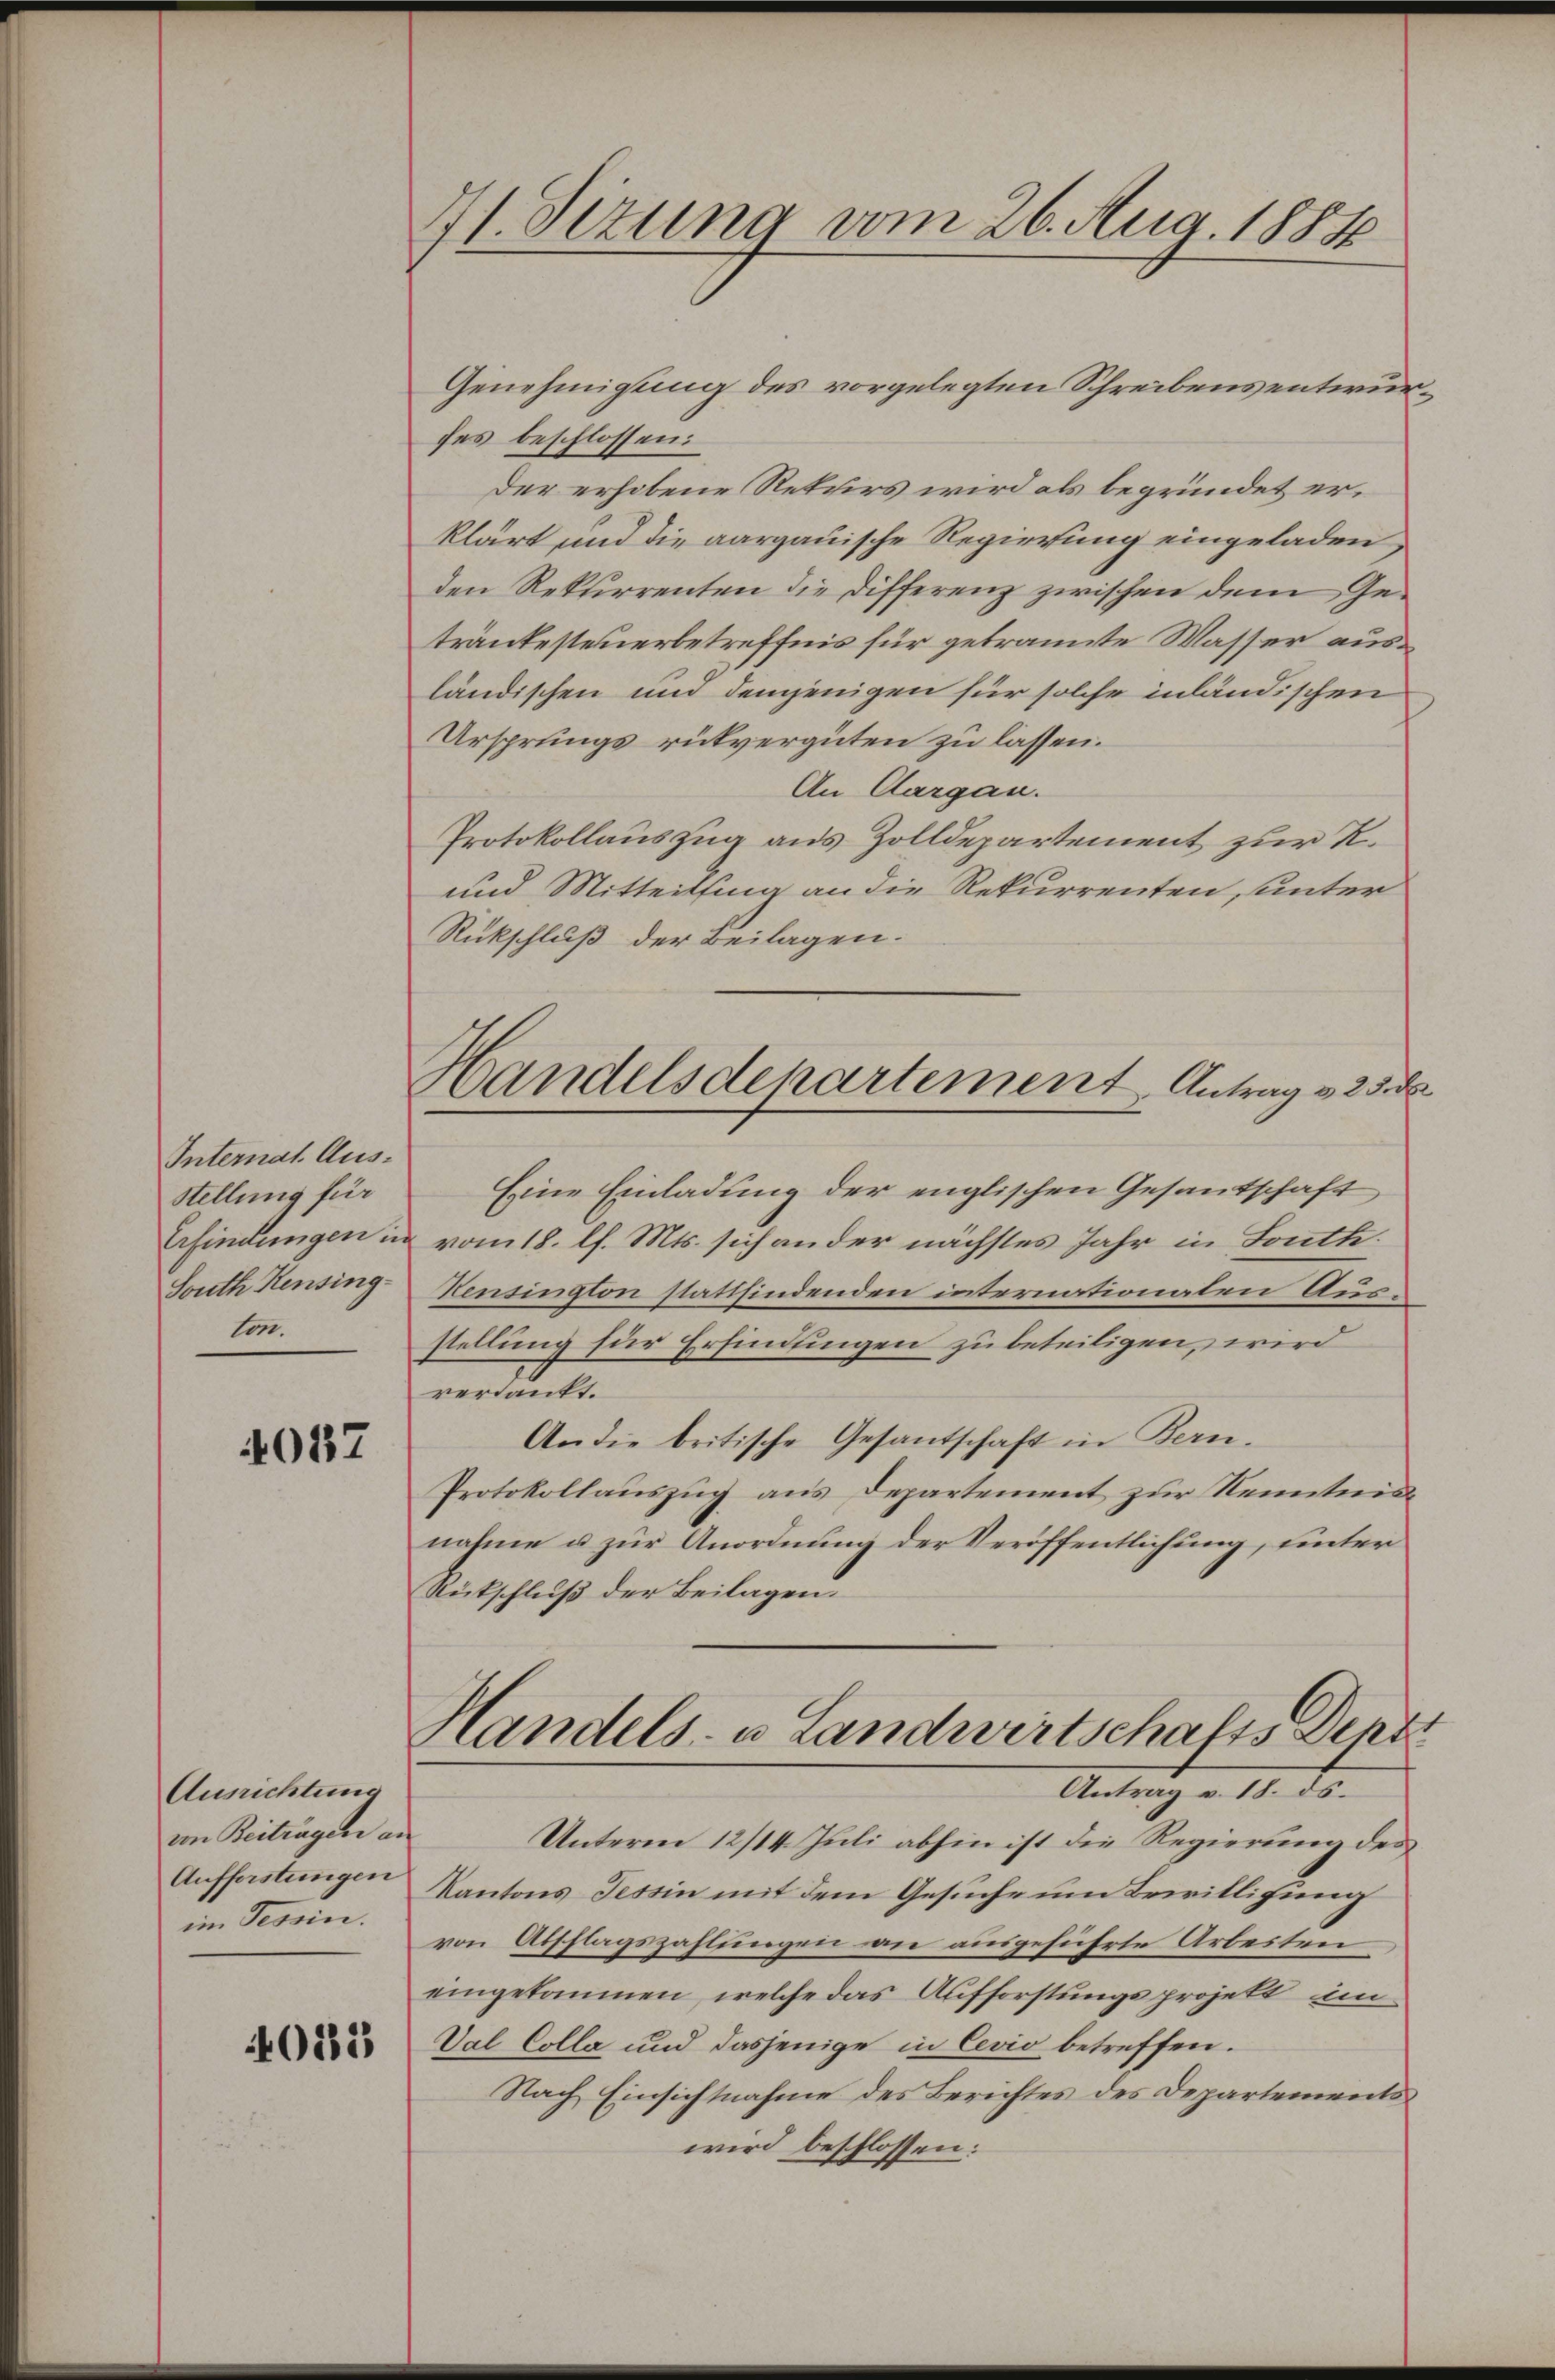
Internat. Aus¬
Stellung für
Erfindungen in
South Hensing.
ton.

4057

Ausrichtung
in Beiträgen an
Auffastungen
im Tessin.

4013

4 Sizung vom 26. Aug. 1884

Handelsdepartement Antrag v. 25 d

Genehmigung des vorgelegten Schreibens entwurfes beschlossen:
Der erhobene Rekurs wird als begründet erklärt und die aargauische Regierung eingeladen
den Rekurrenten die Differenz zwischen dem Geträntesteuerbetreffnis für getrannte Wasser ausländischen und demjenigen für solche inländischen
Ursprungs rükvergüten zu lassen.
An Aargau.
Protokollauszug aus Zolldepartement zur R.
und Mitteilung an die Rekurrenten unter
Rückschluß der Beilagen.
Eine Einladung der englischen Gesantschaft
vom 18. l. Mts. sich ander nächstes Jahr in South.
Kensington stattfindenden internationaten Ausstellung für Erfindungen zu beteiligen, wird
verdankt.
An die britische Gesandschaft in Kan-
Protokollauszug aus Departement zur Kenntni
nahme u zur Anordnung der Veröffentlichung, unter
Rückschluß der Beilagen.
Handels- u Landwirtschafts Denn
Antrag v. 18. ds.
Unterm 12/14. Juli abhin ist die Regierung des
Kantons Tessin mit dem Gesuche um Beweitlichung
von Abschlagszahlungen an ausgeführte Arbeiten
eingekommen, welche das Aufforstungsprojekt in
Val Colla und dasjenige in Cevio betreffen.
Nach Einsichtnahme des Berichtes des Departementswird beschlossen: